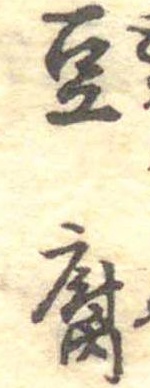
豆腐